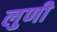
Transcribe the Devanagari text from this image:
लुणी